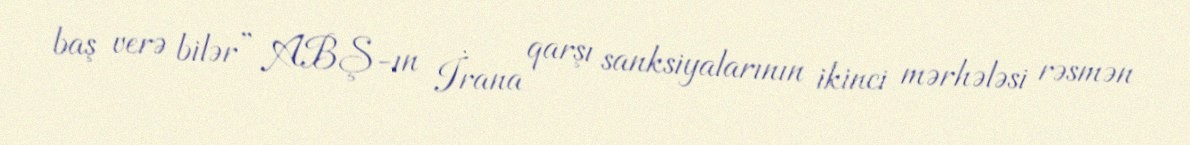
baş verə bilər” ABŞ-ın İrana qarşı sanksiyalarının ikinci mərhələsi rəsmən